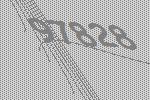
97828